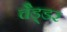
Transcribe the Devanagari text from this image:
चैड्डर